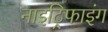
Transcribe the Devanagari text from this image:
नाइट्रिफाइंग